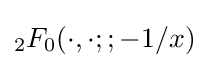
_{2}F_{0}(\cdot ,\cdot ;;-1/x)